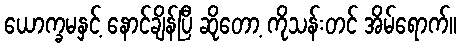
ယောက္ခမနှင့် နောင်ချိန်ပြီ ဆိုတော့ ကိုသန်းတင် အိမ်ရောက်။